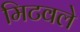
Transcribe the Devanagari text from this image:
मिटवले